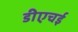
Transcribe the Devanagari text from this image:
डीएचई